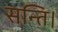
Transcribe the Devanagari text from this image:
सन्ति।